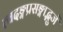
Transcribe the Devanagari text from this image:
त्वदङ्गप्रसङ्गाद्भुजं